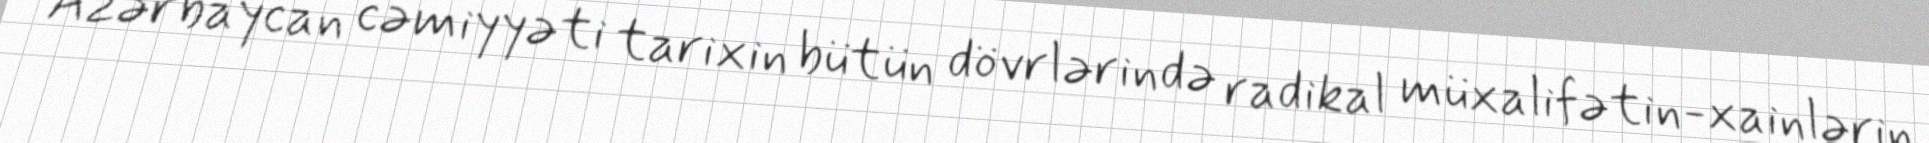
Azərbaycan cəmiyyəti tarixin bütün dövrlərində radikal müxalifətin-xainlərin